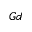
_ { G d }